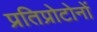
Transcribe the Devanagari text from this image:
प्रतिप्रोटोनों